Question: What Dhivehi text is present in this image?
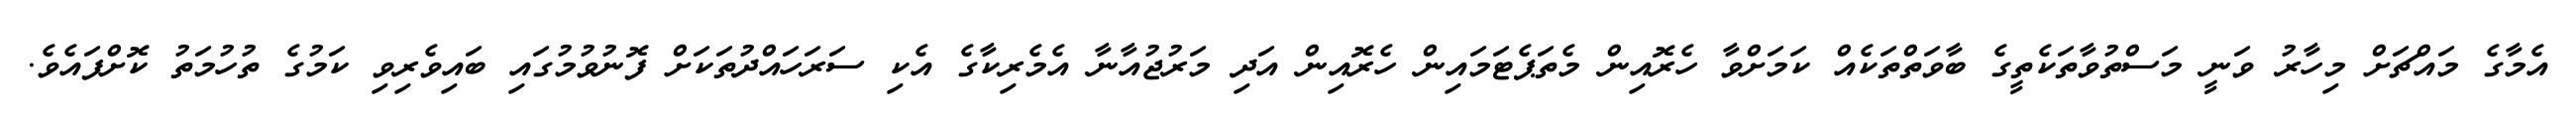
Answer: އެމާގެ މައްޗަށް މިހާރު ވަނީ މަސްތުވާތަކެތީގެ ބާވަތްތަކެއް ކަމަށްވާ ހެރޮއިން މެތަޕެޓަމައިން ހެރޮއިން އަދި މަރުޖުއާނާ އެމެރިކާގެ އެކި ސަރަހައްދުތަކަށް ފޮނުވުމުގައި ބައިވެރިވި ކަމުގެ ތުހުމަތު ކޮށްފައެވެ.